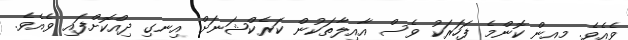
ވެއެވެ. މިއިން ކޮންމެ ފަހަރަކު ވެސް އާއިލާތަކުން ކަރެކްޝަނަށް އިނގި ދިއްކޮށްފައި ވެއެވެ.